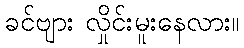
ခင်ဗျား လှိုင်းမူးနေလား။